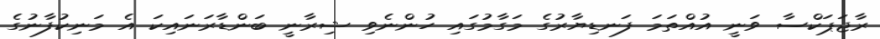
ރާޖަޕަކްސާ ވަނީ އުއްތަމަ ފަނޑިޔާރުގެ މަގާމުގައި ހުންނެވި ޝިރާނީ ބަންޑާރަނައިކަ އެ މަނިކުފާނުގެ